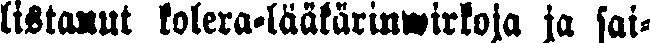
listanut kolera-lääkärinwirkoja ja sai-